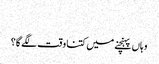
‬
‫وہاں پہنچنے میں کتنا وقت لگے گا؟